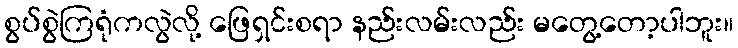
စွပ်စွဲကြရုံကလွဲလို့ ဖြေရှင်းစရာ နည်းလမ်းလည်း မတွေ့တော့ပါဘူး။